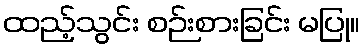
ထည့်သွင်း စဉ်းစားခြင်း မပြု။